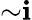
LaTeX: {\sim}\mathbf{i}